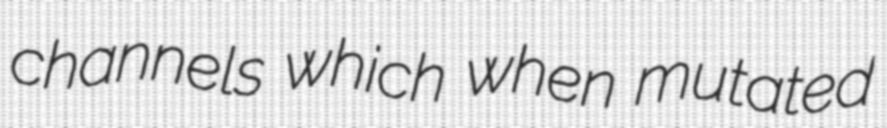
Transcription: channels which when mutated